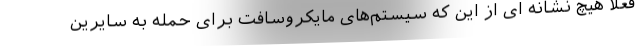
فعلا هیچ نشانه ای از این که سیستم‌های مایکروسافت برای حمله به سایرین